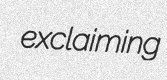
exclaiming